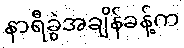
နာရီခွဲအချိန်ခန့်က